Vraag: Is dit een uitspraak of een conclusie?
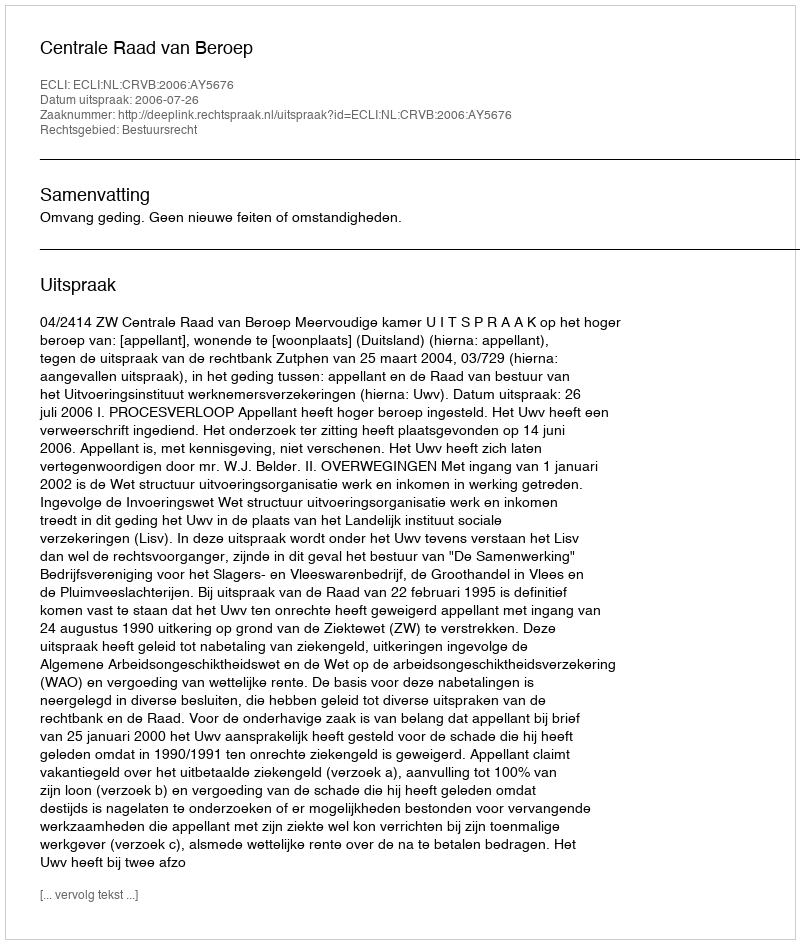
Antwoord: Uitspraak